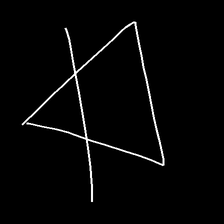
Glyph: empower